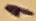
Text: 1